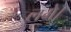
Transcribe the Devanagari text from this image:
लगेे।